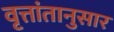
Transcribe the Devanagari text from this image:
वृत्तांतानुसार